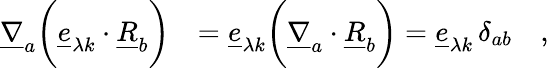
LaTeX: \begin{array}{rl}{\underline{{\nabla}}_{a}\biggl(\underline{{e}}_{\lambda k}\cdot\underline{{R}}_{b}\biggr)}&{=\underline{{e}}_{\lambda k}\biggl(\underline{{\nabla}}_{a}\cdot\underline{{R}}_{b}\biggr)=\underline{{e}}_{\lambda k}\, \delta_{ab}\quad,}\end{array}